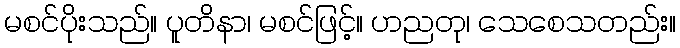
မစင်ပိုးသည်။ ပူတိနာ၊ မစင်ဖြင့်။ ဟညတု၊ သေစေသတည်း။